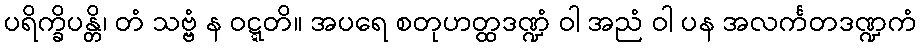
ပရိက္ခိပန္တိ၊ တံ သဗ္ဗံ န ဝဋ္ဋတိ။ အပရေ စတုဟတ္ထဒဏ္ဍံ ဝါ အညံ ဝါ ပန အလင်္ကတဒဏ္ဍကံ